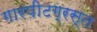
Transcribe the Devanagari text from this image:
गारपीटग्रस्त